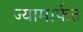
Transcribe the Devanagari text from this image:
ज्यामार्फत